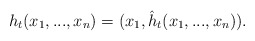
\begin{align*} h_t(x_1, ...,x_n) = (x_1, \hat h_t(x_1, ...,x_n)). \end{align*}